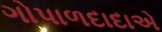
ગોપાળદાદાએ